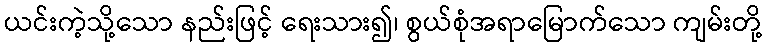
ယင်းကဲ့သို့သော နည်းဖြင့် ရေးသား၍၊ စွယ်စုံအရာမြောက်သော ကျမ်းတို့